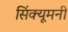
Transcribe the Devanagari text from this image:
सिंक्यूमनी